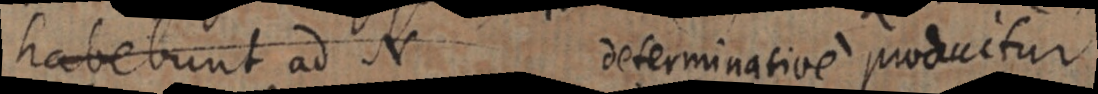
habebunt ad N determinative produitur